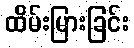
ထိမ်းမြားခြင်း